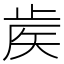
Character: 𥎼